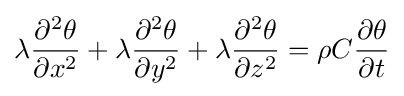
\lambda {\partial ^{2}\theta  \over \partial x^{2}}+\lambda {\partial ^{2}\theta  \over \partial y^{2}}+\lambda {\partial ^{2}\theta  \over \partial z^{2}}={\rho C}{\partial \theta  \over \partial t}